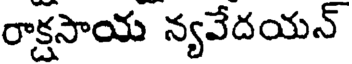
రాక్షసాయ న్యవేదయన్